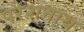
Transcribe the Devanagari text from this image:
परेशनाथ